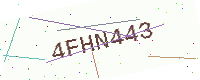
Text: 4FHN443